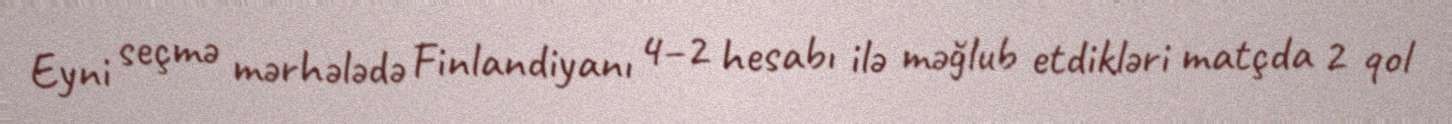
Eyni seçmə mərhələdə Finlandiyanı 4–2 hesabı ilə məğlub etdikləri matçda 2 qol